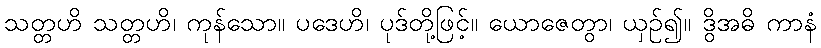
သတ္တဟိ သတ္တဟိ၊ ကုန်သော။ ပဒေဟိ၊ ပုဒ်တို့ဖြင့်။ ယောဇေတွာ၊ ယှဉ်၍။ ဒွိအဓိ ကာနံ